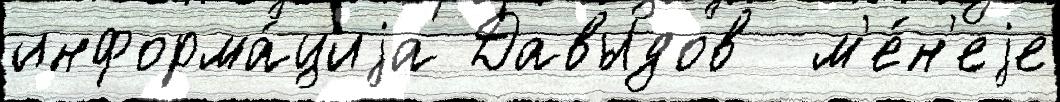
информа́циjа Давыдов  м'е́н'еjе